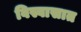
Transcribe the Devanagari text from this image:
विस्वासात